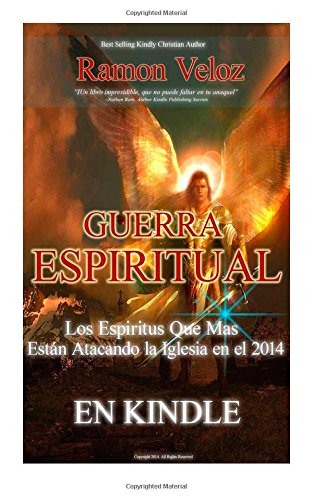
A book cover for Guerra Espiritual "Los Espiritu Que Mas Estan Atacando a  Las Iglesias 2014" (Spanish Edition); Ramon Veloz; Religion & Spirituality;